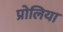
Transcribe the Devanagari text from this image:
प्रोलिया